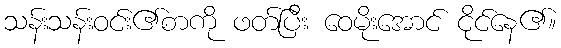
သန်းသန်းဝင်း၏စာကို ဖတ်ပြီး ဝေမိုးအောင် ငိုင်နေ၏။